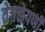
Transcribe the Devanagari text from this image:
वेगळेपणी